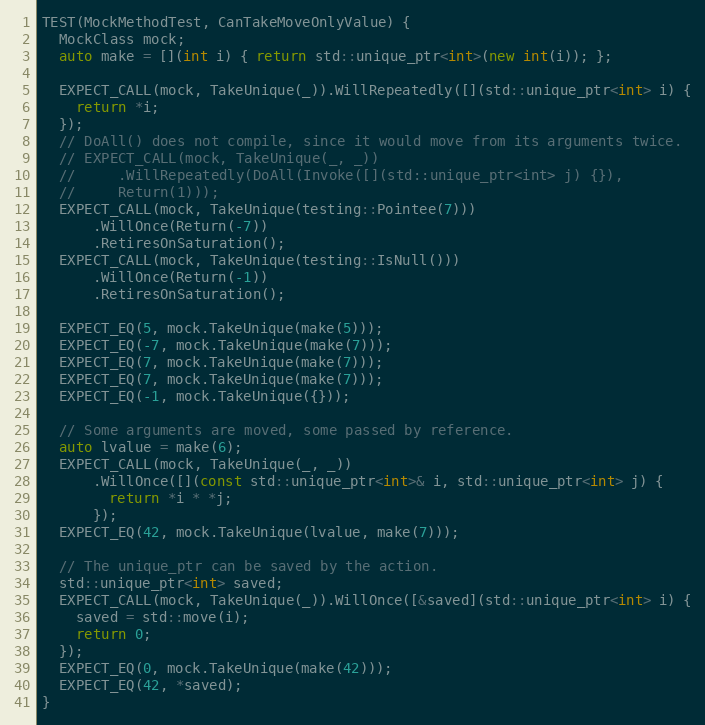
Language: C++
TEST(MockMethodTest, CanTakeMoveOnlyValue) {
  MockClass mock;
  auto make = [](int i) { return std::unique_ptr<int>(new int(i)); };

  EXPECT_CALL(mock, TakeUnique(_)).WillRepeatedly([](std::unique_ptr<int> i) {
    return *i;
  });
  // DoAll() does not compile, since it would move from its arguments twice.
  // EXPECT_CALL(mock, TakeUnique(_, _))
  //     .WillRepeatedly(DoAll(Invoke([](std::unique_ptr<int> j) {}),
  //     Return(1)));
  EXPECT_CALL(mock, TakeUnique(testing::Pointee(7)))
      .WillOnce(Return(-7))
      .RetiresOnSaturation();
  EXPECT_CALL(mock, TakeUnique(testing::IsNull()))
      .WillOnce(Return(-1))
      .RetiresOnSaturation();

  EXPECT_EQ(5, mock.TakeUnique(make(5)));
  EXPECT_EQ(-7, mock.TakeUnique(make(7)));
  EXPECT_EQ(7, mock.TakeUnique(make(7)));
  EXPECT_EQ(7, mock.TakeUnique(make(7)));
  EXPECT_EQ(-1, mock.TakeUnique({}));

  // Some arguments are moved, some passed by reference.
  auto lvalue = make(6);
  EXPECT_CALL(mock, TakeUnique(_, _))
      .WillOnce([](const std::unique_ptr<int>& i, std::unique_ptr<int> j) {
        return *i * *j;
      });
  EXPECT_EQ(42, mock.TakeUnique(lvalue, make(7)));

  // The unique_ptr can be saved by the action.
  std::unique_ptr<int> saved;
  EXPECT_CALL(mock, TakeUnique(_)).WillOnce([&saved](std::unique_ptr<int> i) {
    saved = std::move(i);
    return 0;
  });
  EXPECT_EQ(0, mock.TakeUnique(make(42)));
  EXPECT_EQ(42, *saved);
}